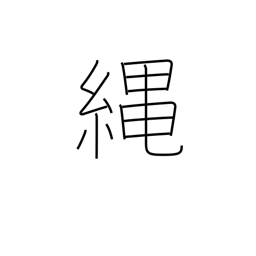
Meaning: cord